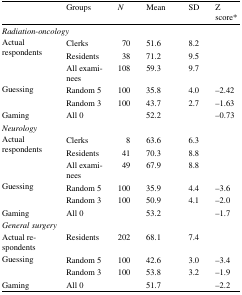
<table><thead><tr><td></td><td><b>Groups</b></td><td><b><i>N</i></b></td><td><b>Mean</b></td><td><b>SD</b></td><td><b>Z score*</b></td></tr></thead><tbody><tr><td colspan="6"><i>Radiation-oncology</i></td></tr><tr><td rowspan="3">Actual respondents</td><td>Clerks</td><td> 70</td><td>51.6</td><td>8.2</td><td></td></tr><tr><td>Residents</td><td> 38</td><td>71.2</td><td>9.5</td><td></td></tr><tr><td>All examinees</td><td>108</td><td>59.3</td><td>9.7</td><td></td></tr><tr><td rowspan="2">Guessing</td><td>Random 5</td><td>100</td><td>35.8</td><td>4.0</td><td>−2.42</td></tr><tr><td>Random 3</td><td>100</td><td>43.7</td><td>2.7</td><td>−1.63</td></tr><tr><td>Gaming</td><td>All 0</td><td></td><td>52.2</td><td></td><td>−0.73</td></tr><tr><td colspan="6"><i>Neurology</i></td></tr><tr><td rowspan="3">Actual respondents</td><td>Clerks</td><td>8</td><td>63.6</td><td>6.3</td><td></td></tr><tr><td>Residents</td><td> 41</td><td>70.3</td><td>8.8</td><td></td></tr><tr><td>All examinees</td><td> 49</td><td>67.9</td><td>8.8</td><td></td></tr><tr><td rowspan="2">Guessing</td><td>Random 5</td><td>100</td><td>35.9</td><td>4.4</td><td>−3.6</td></tr><tr><td>Random 3</td><td>100</td><td>50.9</td><td>4.1</td><td>−2.0</td></tr><tr><td>Gaming</td><td>All 0</td><td></td><td>53.2</td><td></td><td>−1.7</td></tr><tr><td colspan="6"><i>General surgery</i></td></tr><tr><td>Actual respondents</td><td>Residents</td><td>202</td><td>68.1</td><td>7.4</td><td></td></tr><tr><td rowspan="2">Guessing</td><td>Random 5</td><td>100</td><td>42.6</td><td>3.0</td><td>−3.4</td></tr><tr><td>Random 3</td><td>100</td><td>53.8</td><td>3.2</td><td>−1.9</td></tr><tr><td>Gaming</td><td>All 0</td><td></td><td>51.7</td><td></td><td>−2.2</td></tr></tbody></table>